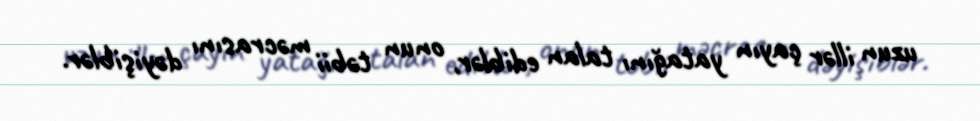
uzun illər çayın yatağını talan ediblər, onun təbii məcrasını dəyişiblər.